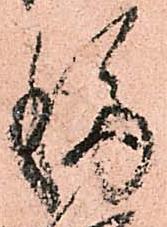
移